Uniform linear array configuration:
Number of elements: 16
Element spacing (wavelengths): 0.5
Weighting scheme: blackman
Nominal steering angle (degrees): -45
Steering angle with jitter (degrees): -43.838
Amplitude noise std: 0.05
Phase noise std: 0.05

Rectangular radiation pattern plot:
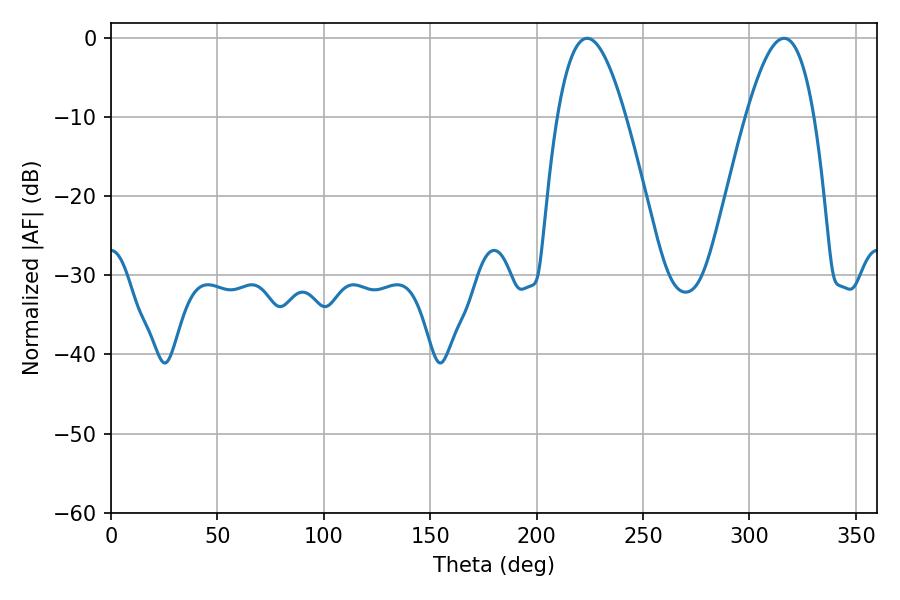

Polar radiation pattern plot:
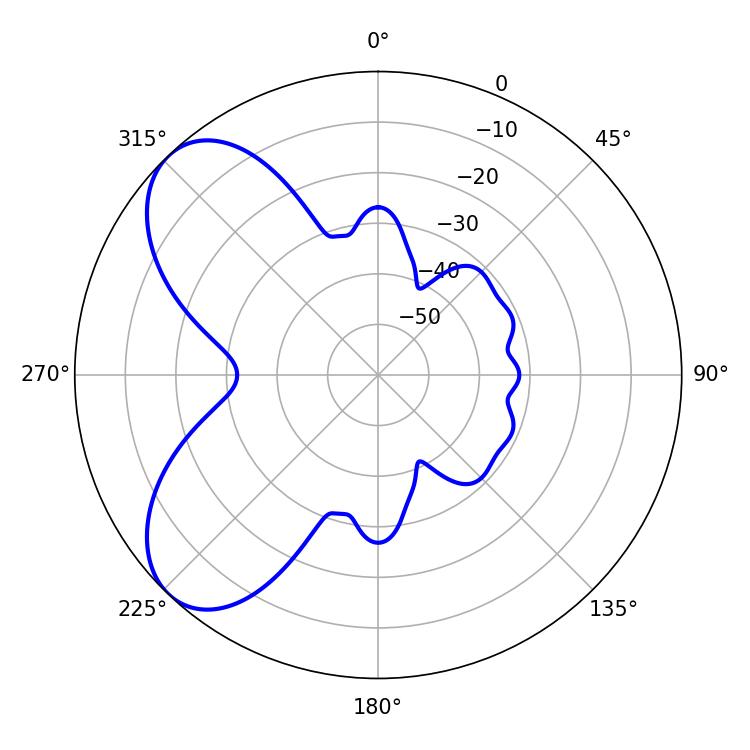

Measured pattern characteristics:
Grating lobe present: FALSE
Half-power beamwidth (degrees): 17.46
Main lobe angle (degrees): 223.74